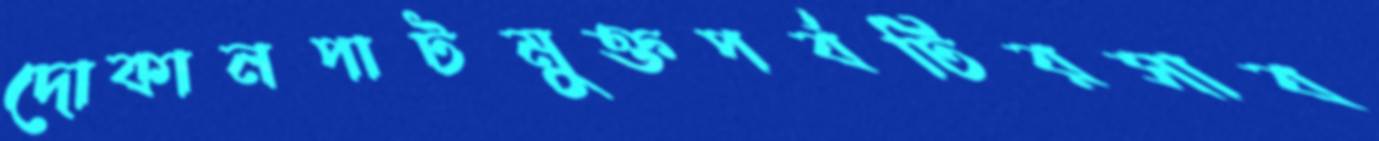
দোকানপাটমুক্তপর্বটিরসাব